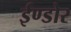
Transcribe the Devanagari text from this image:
ईण्डोर